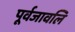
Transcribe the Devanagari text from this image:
पूर्वजावलि